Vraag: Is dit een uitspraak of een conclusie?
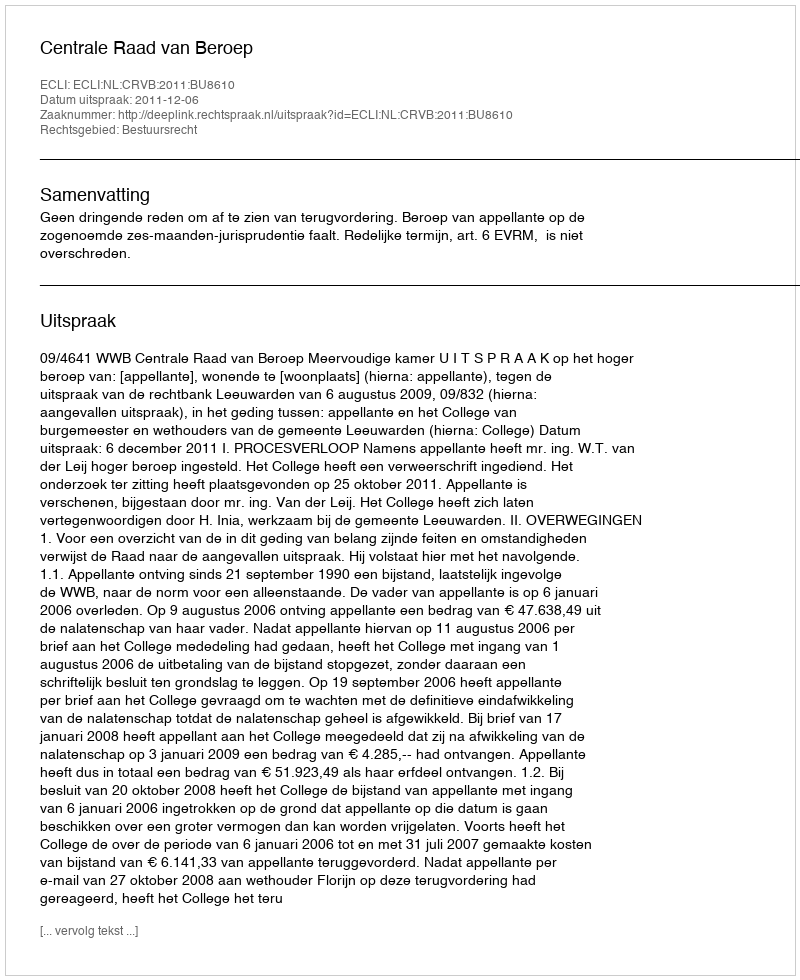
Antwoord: Uitspraak